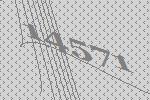
14571